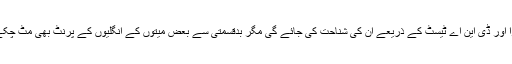
انہوں نے مزید بتایا کہ مریضوں کی انگلیوں کی پرنٹ لینے سے بھی نادارا اور ڈی این اے ٹیسٹ کے ذریعے ان کی شناحت کی جائے گی مگر بدقسمتی سے بعض میتوں کے انگلیوں کے پرنٹ بھی مٹ چکے ہیں جس کی وجہ سے ان مُردوں کو پہچاننے میں دشوار ی پیش آتی ہے۔